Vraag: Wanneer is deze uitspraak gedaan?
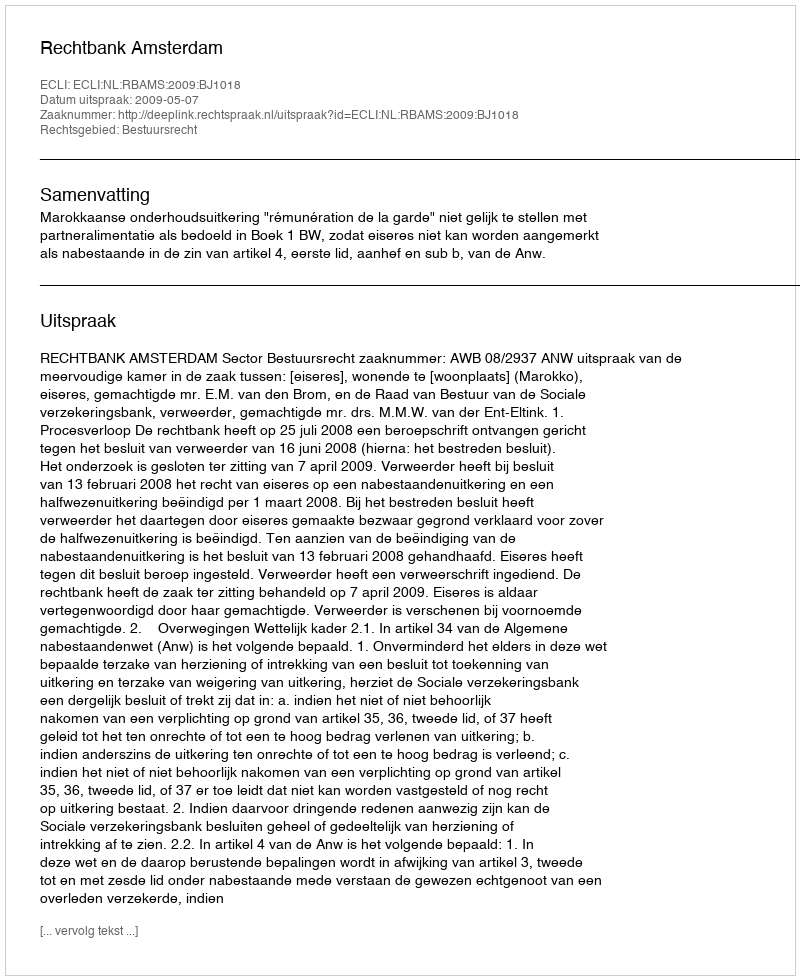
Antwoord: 2009-05-07